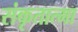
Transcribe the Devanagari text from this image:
संकृतात्मा